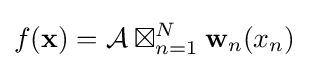
f(\mathbf {x} )={\mathcal {A}}\boxtimes _{n=1}^{N}\mathbf {w} _{n}(x_{n})